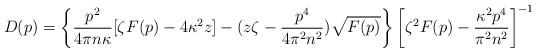
LaTeX: \begin{align*}D(p)=\left\{\frac{p^2}{4\pi n\kappa}[\zeta F(p)-4\kappa^2z]-(z\zeta-\frac{p^4}{4\pi^2 n^2})\sqrt{F(p)}\right\}\left[\zeta^2F(p)-\frac{\kappa^2 p^4}{\pi^2 n^2}\right]^{-1}\end{align*}